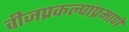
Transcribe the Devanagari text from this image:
वीजप्रकल्पांप्रमाणे